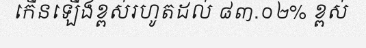
កើនឡើងខ្ពស់រហូតដល់ ៨៣.០២% ខ្ពស់